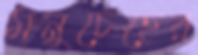
মনুচেহের